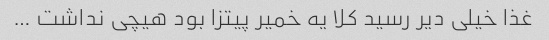
غذا خیلى دیر رسید کلا یه خمیر پیتزا بود هیچى نداشت …